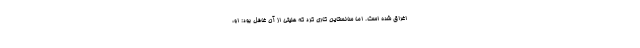
اغراق شده است. اما سانستاین کاری کرد که هنیتی از آن غافل بود: او،